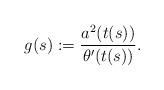
LaTeX: \begin{align*} g(s):= \frac{a^2(t(s))}{\theta'(t(s))}.\end{align*}